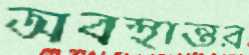
অবস্থান্তর